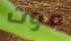
موت